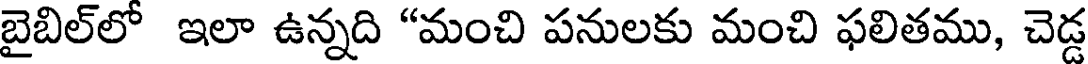
బైబిల్లో ఇలా ఉన్నది "మంచి పనులకు మంచి ఫలితము, చెడ్డ